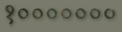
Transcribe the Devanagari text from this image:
१०००००००